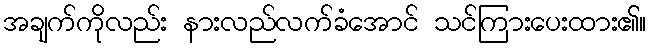
အချက်ကိုလည်း နားလည်လက်ခံအောင် သင်ကြားပေးထား၏။